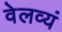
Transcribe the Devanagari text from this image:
वेलव्यं